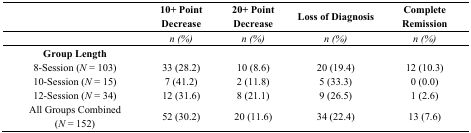
|  | 10+ Point Decrease | 20+ Point Decrease | Loss of Diagnosis | Complete Remission |
 | --- | --- | --- | --- | --- |
 |  | n (%) | n (%) | n (%) | n (%) |
 | Group Length |  |  |  |  |
 | 8-Session (N = 103) | 33 (28.2) | 10 (8.6) | 20 (19.4) | 12 (10.3) |
 | 10-Session (N = 15) | 7 (41.2) | 2 (11.8) | 5 (33.3) | 0 (0.0) |
 | 12-Session (N = 34) | 12 (31.6) | 8 (21.1) | 9 (26.5) | 1 (2.6) |
 | All Groups Combined(N = 152) | 52 (30.2) | 20 (11.6) | 34 (22.4) | 13 (7.6) |